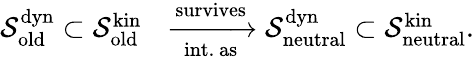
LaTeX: \begin{array}{rl}{\mathcal{S}_{\mathrm{old}}^{\mathrm{dyn}}\subset\mathcal{S}_{\mathrm{old}}^{\mathrm{kin}}}&{\xrightarrow[\mathrm{int.~as}]{\mathrm{survives}}\mathcal{S}_{\mathrm{neutral}}^{\mathrm{dyn}}\subset\mathcal{S}_{\mathrm{neutral}}^{\mathrm{kin}}.}\end{array}